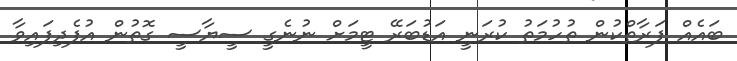
ބައެއް ފަރާތްކުން ތުހުމަތު ކުރަނީ އަޑުބަރޭ ޓީމަށް ނުނެގީ ސީޔާސީ ގޮތުން އުފެދިފައިވާ